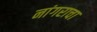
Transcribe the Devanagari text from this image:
नांगराचा